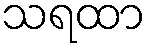
သရထာ